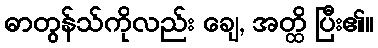
ဓာတွန်သ်ကိုလည်း ချေ, အတ္ထိ ပြီး၏။